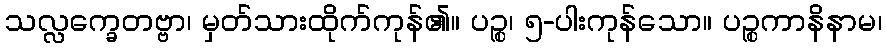
သလ္လက္ခေတဗ္ဗာ၊ မှတ်သားထိုက်ကုန်၏။ ပဉ္စ၊ ၅-ပါးကုန်သော။ ပဉ္စကာနိနာမ၊